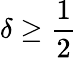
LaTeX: \delta\geq{\frac{1}{2}}